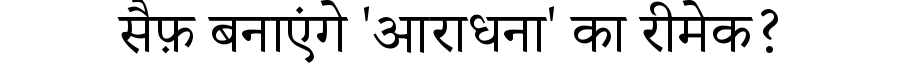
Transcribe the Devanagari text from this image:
सैफ़ बनाएंगे 'आराधना' का रीमेक?